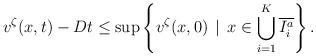
LaTeX: \begin{align*} v^{\zeta}(x,t) - Dt \leq \sup \left\{v^{\zeta}(x,0) \, \mid \, x \in \bigcup_{i = 1}^{K} \overline{I_{i}^{a}}\right\}.\end{align*}